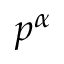
p ^ { \alpha }